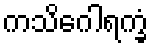
ကသိဂေါရက္ခံ